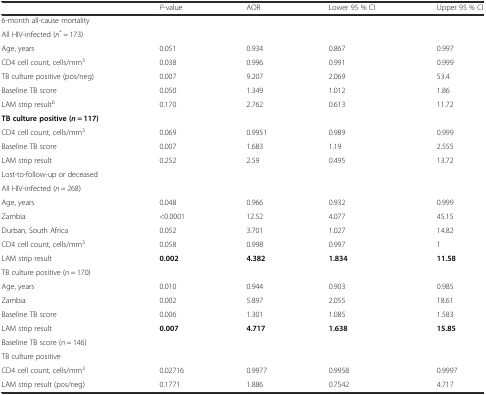
<table><thead><tr><td></td><td><b><i>P</i>-value</b></td><td><b>AOR</b></td><td><b>Lower 95 % CI</b></td><td><b>Upper 95 % CI</b></td></tr></thead><tbody><tr><td colspan="5">6-month all-cause mortality</td></tr><tr><td colspan="5">All HIV-infected (<i>n</i><sup>*</sup> = 173)</td></tr><tr><td>Age, years</td><td>0.051</td><td>0.934</td><td>0.867</td><td>0.997</td></tr><tr><td>CD4 cell count, cells/mm<sup>3</sup></td><td>0.038</td><td>0.996</td><td>0.991</td><td>0.999</td></tr><tr><td>TB culture positive (pos/neg)</td><td>0.007</td><td>9.207</td><td>2.069</td><td>53.4</td></tr><tr><td>Baseline TB score</td><td>0.050</td><td>1.349</td><td>1.012</td><td>1.86</td></tr><tr><td>LAM strip result<sup>b</sup></td><td>0.170</td><td>2.762</td><td>0.613</td><td>11.72</td></tr><tr><td colspan="5"><b>TB culture positive (</b><b><i>n</i></b> <b>= 117)</b></td></tr><tr><td>CD4 cell count, cells/mm<sup>3</sup></td><td>0.069</td><td>0.9951</td><td>0.989</td><td>0.999</td></tr><tr><td>Baseline TB score</td><td>0.007</td><td>1.683</td><td>1.19</td><td>2.555</td></tr><tr><td>LAM strip result</td><td>0.252</td><td>2.59</td><td>0.495</td><td>13.72</td></tr><tr><td>Lost-to-follow-up or deceased</td><td></td><td></td><td></td><td></td></tr><tr><td>All HIV-infected (<i>n</i> = 268)</td><td></td><td></td><td></td><td></td></tr><tr><td>Age, years</td><td>0.048</td><td>0.966</td><td>0.932</td><td>0.999</td></tr><tr><td>Zambia</td><td>&lt;0.0001</td><td>12.52</td><td>4.077</td><td>45.15</td></tr><tr><td>Durban, South Africa</td><td>0.052</td><td>3.701</td><td>1.027</td><td>14.82</td></tr><tr><td>CD4 cell count, cells/mm<sup>3</sup></td><td>0.058</td><td>0.998</td><td>0.997</td><td>1</td></tr><tr><td>LAM strip result</td><td><b>0.002</b></td><td><b>4.382</b></td><td><b>1.834</b></td><td><b>11.58</b></td></tr><tr><td>TB culture positive (<i>n</i> = 170)</td><td></td><td></td><td></td><td></td></tr><tr><td>Age, years</td><td>0.010</td><td>0.944</td><td>0.903</td><td>0.985</td></tr><tr><td>Zambia</td><td>0.002</td><td>5.897</td><td>2.055</td><td>18.61</td></tr><tr><td>Baseline TB score</td><td>0.006</td><td>1.301</td><td>1.085</td><td>1.583</td></tr><tr><td>LAM strip result</td><td><b>0.007</b></td><td><b>4.717</b></td><td><b>1.638</b></td><td><b>15.85</b></td></tr><tr><td>Baseline TB score (<i>n</i> = 146)</td><td></td><td></td><td></td><td></td></tr><tr><td>TB culture positive</td><td></td><td></td><td></td><td></td></tr><tr><td>CD4 cell count, cells/mm<sup>3</sup></td><td>0.02716</td><td>0.9977</td><td>0.9958</td><td>0.9997</td></tr><tr><td>LAM strip result (pos/neg)</td><td>0.1771</td><td>1.886</td><td>0.7542</td><td>4.717</td></tr></tbody></table>